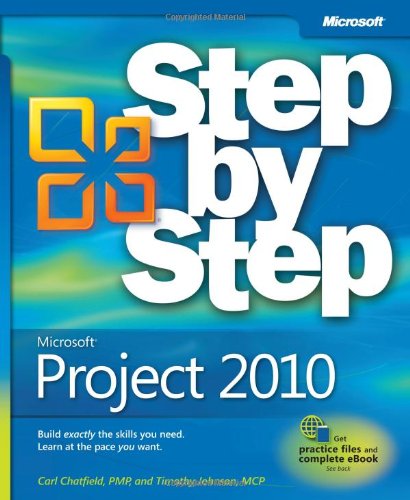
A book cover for Microsoft Project 2010 Step by Step; Carl Chatfield; Computers & Technology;